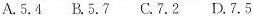
A.5.4 B.5.7 C.7.2 D.7.5